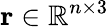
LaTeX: \mathbf{r}\in\mathbb{R}^{n\times 3}